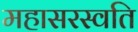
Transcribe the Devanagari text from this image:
महासरस्वति